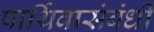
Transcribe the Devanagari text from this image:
पार्थिवासंबंधी